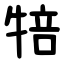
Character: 犃